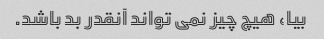
بیا، هیچ چیز نمی تواند آنقدر بد باشد.